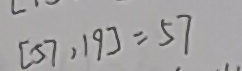
[ 5 7 , 1 9 ] = 5 7